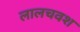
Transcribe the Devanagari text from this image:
लालचवश